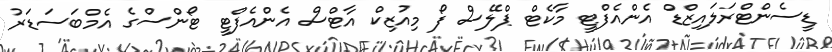
ޑީސެންޓްރަލައިޒްޑް އެންއެފްޓީ މާކެޓް ޕްލޭސް ފޯ މިއުޒިކް އާޓްސް އެންއެފްޓީ ޓޯންސްގެ އެމްބަސަޑަރު